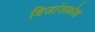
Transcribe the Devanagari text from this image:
बिजांडकोश